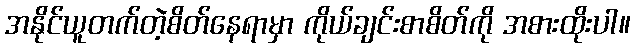
အနိုင်ယူတက်တဲ့စိတ်နေရာမှာ ကိုယ်ချင်းစာစိတ်ကို အစားထိုးပါ။